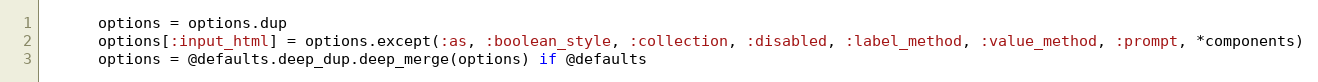
Language: Ruby
      options = options.dup
      options[:input_html] = options.except(:as, :boolean_style, :collection, :disabled, :label_method, :value_method, :prompt, *components)
      options = @defaults.deep_dup.deep_merge(options) if @defaults